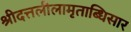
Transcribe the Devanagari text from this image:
श्रीदत्तलीलामृताब्धिसार